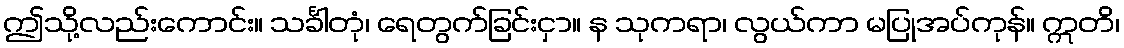
ဤသို့လည်းကောင်း။ သင်္ခါတုံ၊ ရေတွက်ခြင်းငှာ။ န သုကရာ၊ လွယ်ကာ မပြုအပ်ကုန်။ ဣတိ၊